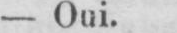
- Oui.